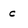
Character: c